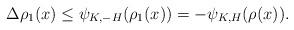
LaTeX: \begin{align*}\Delta \rho_1(x) \leq \psi_{K,-H} (\rho_1(x)) =-\psi_{K,H} (\rho(x)).\end{align*}